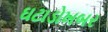
ઘટાડોખબર